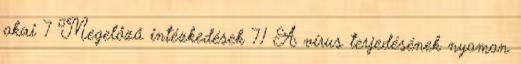
okai 7 Megelőző intézkedések 7.1 A vírus terjedésének nyomon